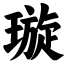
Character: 璇